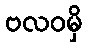
ဗလဝမှိ